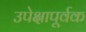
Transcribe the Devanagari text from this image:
उपेक्षापूर्वक